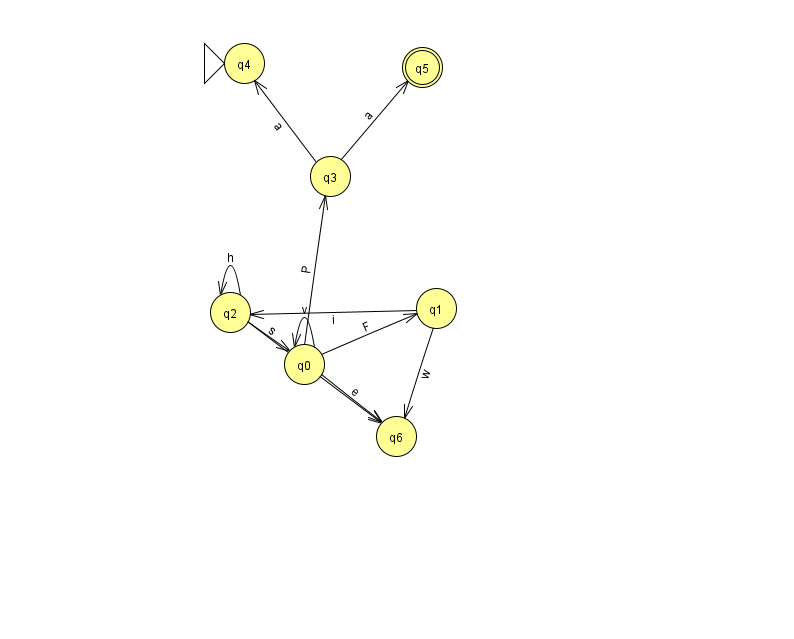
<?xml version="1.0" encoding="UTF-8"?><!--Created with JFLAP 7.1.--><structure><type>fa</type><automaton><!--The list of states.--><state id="0" name="q0"><x>304.0</x><y>351.0</y></state><state id="1" name="q1"><x>436.0</x><y>295.0</y></state><state id="2" name="q2"><x>230.0</x><y>299.0</y></state><state id="3" name="q3"><x>330.0</x><y>163.0</y></state><state id="4" name="q4"><x>244.0</x><y>50.0</y><initial/></state><state id="5" name="q5"><x>422.0</x><y>54.0</y><final/></state><state id="6" name="q6"><x>396.0</x><y>423.0</y></state><!--The list of transitions.--><transition><from>3</from><to>4</to><read>a</read></transition><transition><from>1</from><to>2</to><read>i</read></transition><transition><from>0</from><to>0</to><read>v</read></transition><transition><from>0</from><to>1</to><read>F</read></transition><transition><from>3</from><to>5</to><read>a</read></transition><transition><from>2</from><to>2</to><read>h</read></transition><transition><from>2</from><to>6</to><read>I</read></transition><transition><from>2</from><to>0</to><read>s</read></transition><transition><from>0</from><to>3</to><read>P</read></transition><transition><from>1</from><to>6</to><read>w</read></transition><transition><from>0</from><to>6</to><read>e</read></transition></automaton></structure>